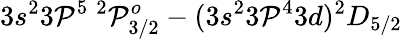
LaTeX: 3s^{2}3\mathcal{P}^{5}~^{2}\mathcal{P}_{3/2}^{o}-(3s^{2}3\mathcal{P}^{4}3d)^{2}D_{5/2}